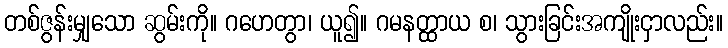
တစ်ဇွန်းမျှသော ဆွမ်းကို။ ဂဟေတွာ၊ ယူ၍။ ဂမနတ္ထာယ စ၊ သွားခြင်းအကျိုးငှာလည်း။